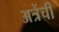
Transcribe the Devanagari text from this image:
अत्रेंची